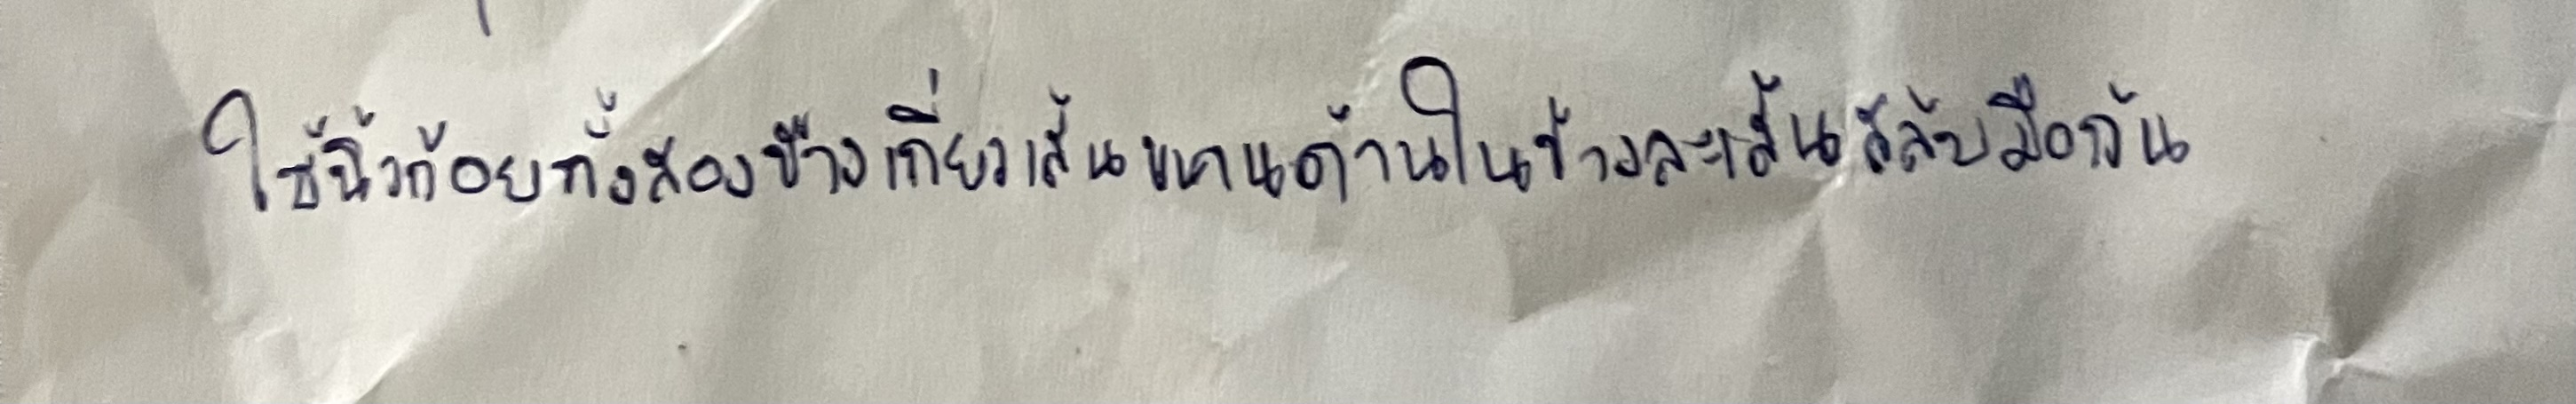
ใช้นิ้วก้อยทั้งสองข้างเกี่ยวเส้นขนานด้านในข้างละเส้นสลับมือกัน